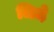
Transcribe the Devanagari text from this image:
जिले़